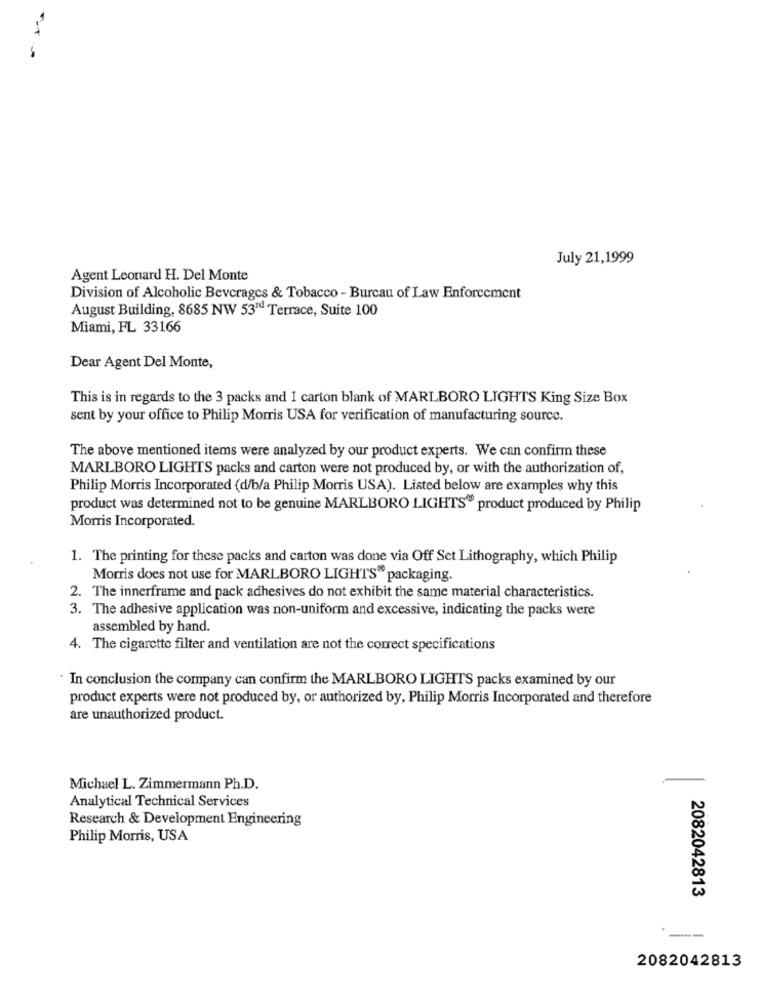
--
July 21,1999
Agent Leonard H. Del Monte
Division of Alcoholic Beverages & Tobacco - Bureau of Law Enforcement
August Building, 8685 NW 53™ Terrace, Suite 100
Miami, FL 33166
Dear Agent Del Monte,
This is in regards to the 3 packs and 1 carton blank of MARLBORO LIGHTS King Size Box
sent by your office to Philip Morris USA for verification of manufacturing source.
The above mentioned items were analyzed by our product experts. We can confirm these
MARLBORO LIGHTS packs and carton were not produced by, or with the authorization of,
Philip Morris Incorporated (d/b/a Philip Morris USA). Listed below are examples why this
product was determined not to be genuine MARLBORO LIGHTS" product produced by Philip
Morris Incorporated.
1. The printing for these packs and carton was done via Off Set Lithography, which Philip
Morris does not use for MARLBORO LIGHTS" packaging.
2. The innerframe and pack adhesives do not exhibit the same material characteristics.
3. The adhesive application was non-uniform and excessive, indicating the packs were
assembled by hand.
4. The cigarette filter and ventilation are not the correct specifications
* In conclusion the company can confirm the MARLBORO LIGHTS packs examined by our
product experts were not produced by, or authorized by, Philip Morris Incorporated and therefore
are unauthorized product.
Michael L. Zimmermann Ph.D.
Analytical Technical Services
Research & Development Engineering
Philip Morris, USA
2082042813
2082042813